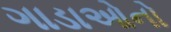
ગાડાઓનો